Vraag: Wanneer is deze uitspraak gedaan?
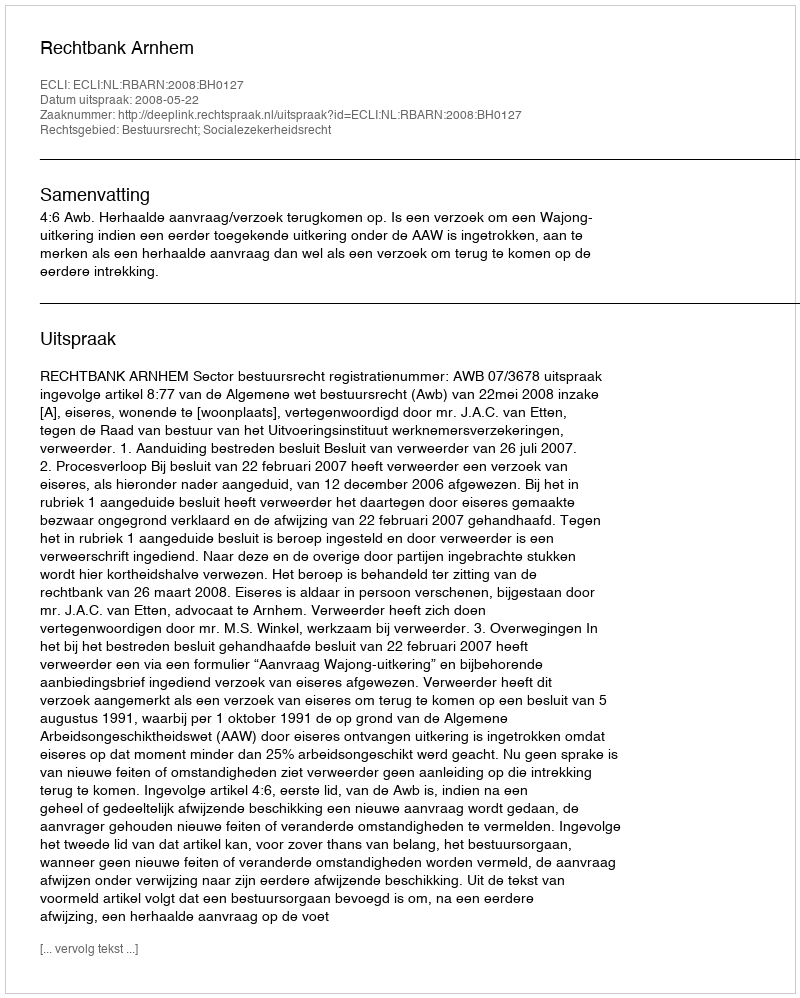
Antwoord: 2008-05-22